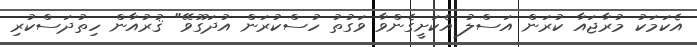
އެކަމަކު މުރާޖައާ ކުރަން އަސްލު އެކަށީގެންވާ ވަގުތު ހުސްކުރަން އުދަގޫވޭ" ޤުރުއާން ހިތުދަސްކުރި